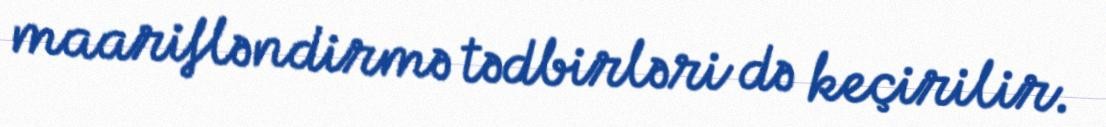
maarifləndirmə tədbirləri də keçirilir.